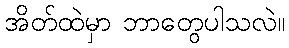
အိတ်ထဲမှာ ဘာတွေပါသလဲ။